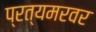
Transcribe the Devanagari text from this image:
प्रत्यमरवर